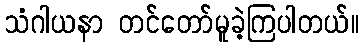
သံဂါယနာ တင်တော်မူခဲ့ကြပါတယ်။